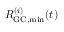
R _ { \mathrm { G C , m i n } } ^ { ( i ) } ( t )